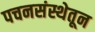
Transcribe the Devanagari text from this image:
पचनसंस्थेतून